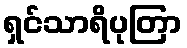
ရှင်သာရိပုတြာ